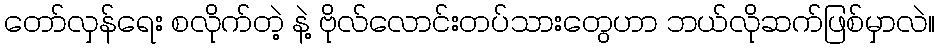
တော်လှန်ရေး စလိုက်တဲ့ နဲ့ ဗိုလ်လောင်းတပ်သားတွေဟာ ဘယ်လိုဆက်ဖြစ်မှာလဲ။